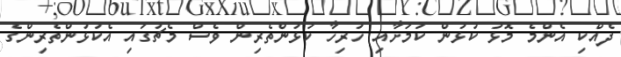
ދެއްކި އެންމެ މޮޅު ކުޅުން ކަމަށާއި ހުރިހާ ކުޅުންތެރިން ވެސް މެޗުގައި އެކުޅުންތެރިންގެ